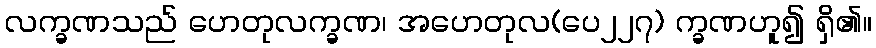
လက္ခဏသည် ဟေတုလက္ခဏ၊ အဟေတုလ(ပေ၂၂၇) က္ခဏဟူ၍ ရှိ၏။